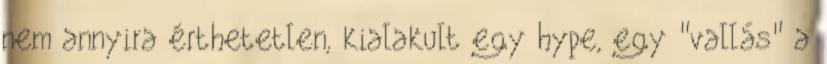
nem annyira érthetetlen, kialakult egy hype, egy "vallás" a